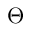
\Theta